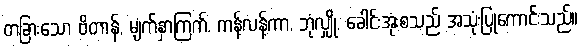
တခြားသော ဗိတာန်, မျက်နှာကြက်, ကန့်လန့်ကာ, ဘုံလျှို, ခေါင်းအုံးစသည် အသုံးပြုကောင်းသည်။